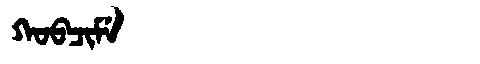
Manchu: ᡴᠣᠪᠴᡳᠮᡝ
Romanization: KOBCIME